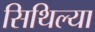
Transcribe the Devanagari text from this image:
सिथिल्या